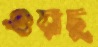
ওয়াচু